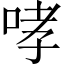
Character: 哮